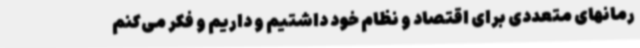
رمانهای متعددی برای اقتصاد و نظام خود داشتیم و داریم و فکر می‌کنم